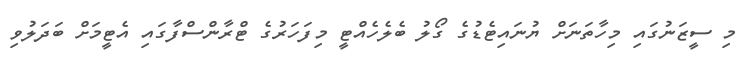
މި ސީޒަނުގައި މިހާތަނަށް ޔުނައިޓެޑުގެ ގޯލު ބެެލެހެއްޓީ މިފަހަރުގެ ޓްރާންސްފާގައި އެޓީމަށް ބަދަލުވި